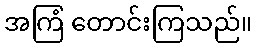
အကြံ တောင်းကြသည်။